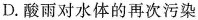
D.酸雨对水体的再次污染